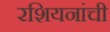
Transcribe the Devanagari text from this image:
रशियनांची